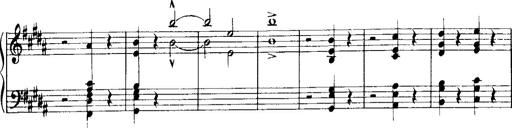
Title: Historische ungarische Bildnisse
Composer: Franz Liszt